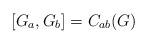
LaTeX: \begin{align*}[G_a, G_b] = C_{ab}(G)\end{align*}